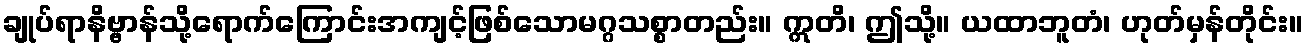
ချုပ်ရာနိဗ္ဗာန်သို့ရောက်ကြောင်းအကျင့်ဖြစ်သောမဂ္ဂသစ္စာတည်း။ ဣတိ၊ ဤသို့။ ယထာဘူတံ၊ ဟုတ်မှန်တိုင်း။